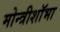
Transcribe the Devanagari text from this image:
मोन्त्रीशाॅभा